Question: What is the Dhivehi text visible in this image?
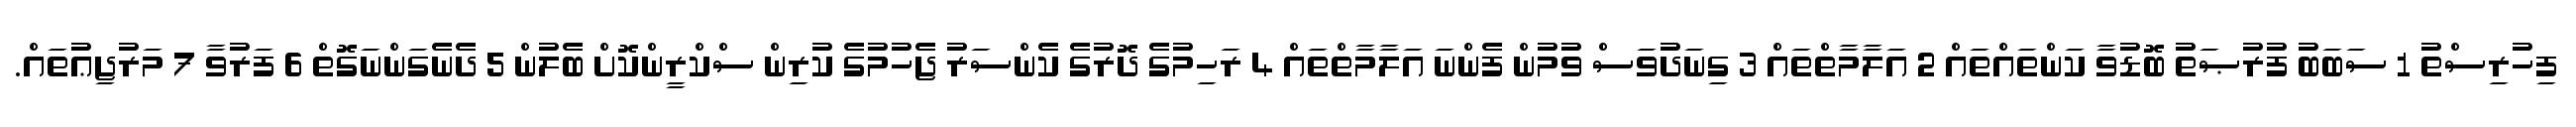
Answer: ފިހުރިސްތު 1 ސަބަބު ފުރުޞަތު ބޮޑުވާ ކަންތައްތައް 2 އަލާމާތްތައް 3 ގިނަދުވަސް ވުމުން ފެންނަ އަލާމާތްތައް 4 ރަހިމުގެ ދޮރުގެ ކެންސަރު ޖެހުމުގެ ކުރިން ސްކްރީންކޮށް ބެލުން 5 ދެނެގަންނަގޮތް 6 ފަރުވާ 7 މަރުޖިޢުތައް.